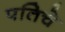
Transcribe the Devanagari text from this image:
पतिचे